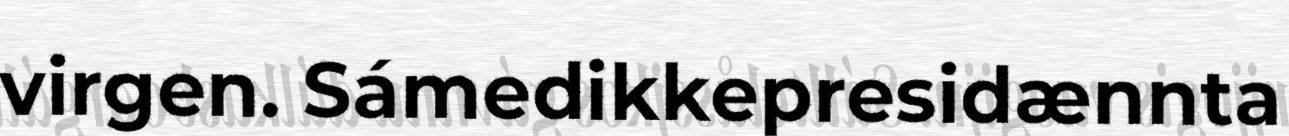
virgen. Sámedikkepresidænnta